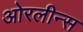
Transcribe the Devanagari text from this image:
ओरलीन्स